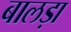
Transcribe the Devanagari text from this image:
बालड़ा